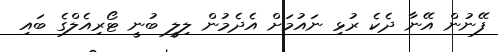
ފޭނުން އޭނާ ދެކެ ރުޅި ނައުމަށް އެދެމުން ލިލީ ބުނީ ޓޯރިއެލްގެ ބައި